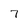
Character: 7